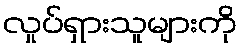
လှုပ်ရှားသူများကို